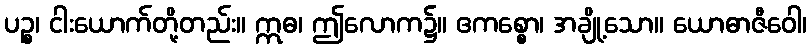
ပဉ္စ၊ ငါးယောက်တို့တည်း။ ဣဓ၊ ဤလောက၌။ ဧကစ္စော၊ အချို့သော။ ယောဓာဇီဝေါ၊